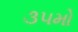
૩૫મો